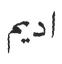
اديم